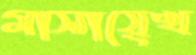
মাসায়েখ